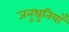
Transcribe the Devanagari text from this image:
जनुश्रुतियाँ